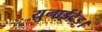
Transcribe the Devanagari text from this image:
युनाईटेड।